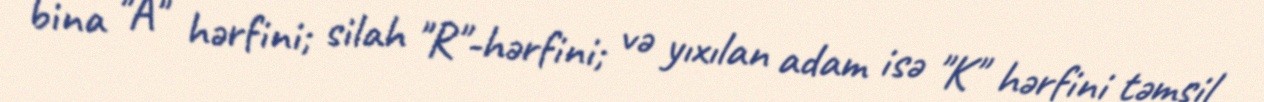
bina "A" hərfini; silah "R"-hərfini; və yıxılan adam isə "K" hərfini təmsil